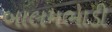
બાલમભાડી